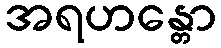
အရဟန္တော